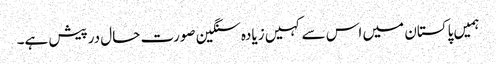
ہمیں پاکستان میں اس سے کہیں زیادہ سنگین صورت حال درپیش ہے۔